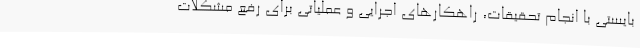
بایستی با انجام تحقیقات، راهکارهای اجرایی و عملیاتی برای رفع مشکلات